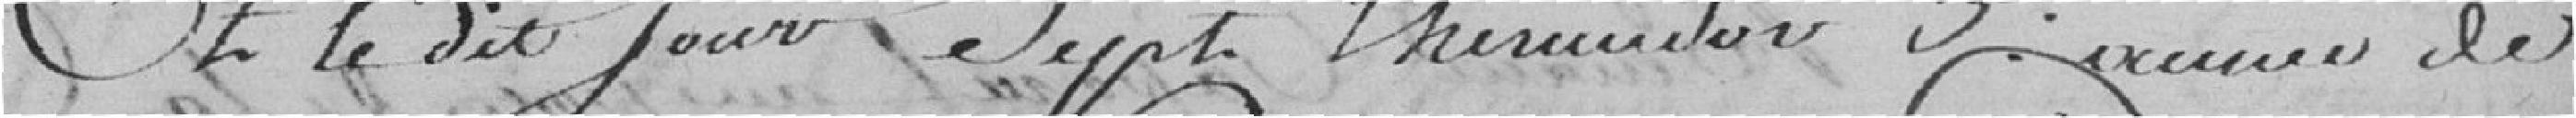
Et le dit jour sept thermidor 3e année de